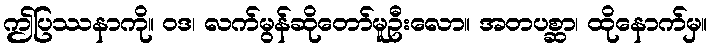
ဤပြဿနာကို။ ဝဒ၊ လက်မွန်ဆိုတော်မူဦးလော။ အတပစ္ဆာ၊ ထိုနောက်မှ။